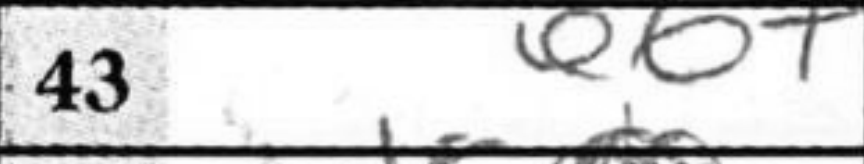
Transcription: eb+